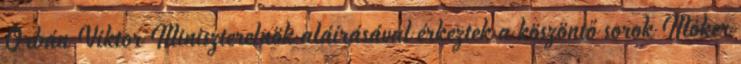
Orbán Viktor Miniszterelnök aláírásával érkeztek a köszöntő sorok Móker